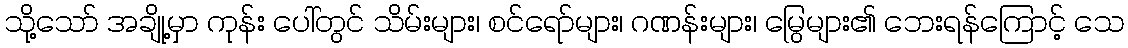
သို့သော် အချို့မှာ ကုန်း ပေါ်တွင် သိမ်းများ၊ စင်ရော်များ၊ ဂဏန်းများ၊ မြွေများ၏ ဘေးရန်ကြောင့် သေ